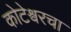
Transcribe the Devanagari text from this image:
कोटेश्वरचा